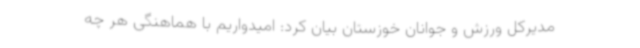
مدیرکل ورزش و جوانان خوزستان بیان کرد: امیدواریم با هماهنگی هر چه